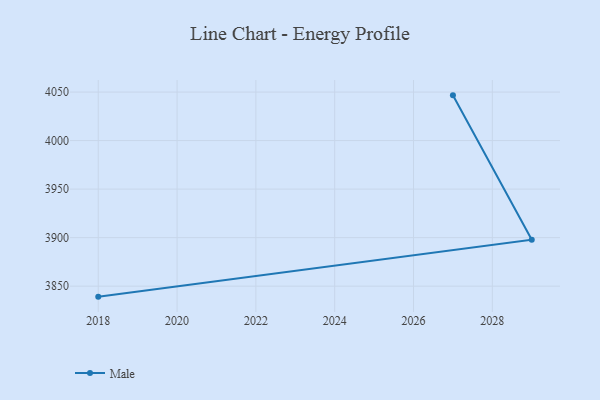
{"axis": {"x": "Year", "y": "Energy Usage (MWh)"}, "legend": ["Male"], "data": [{"x": "2018", "y": 3839.2, "type": "Male"}, {"x": "2029", "y": 3897.8, "type": "Male"}, {"x": "2027", "y": 4046.6, "type": "Male"}]}